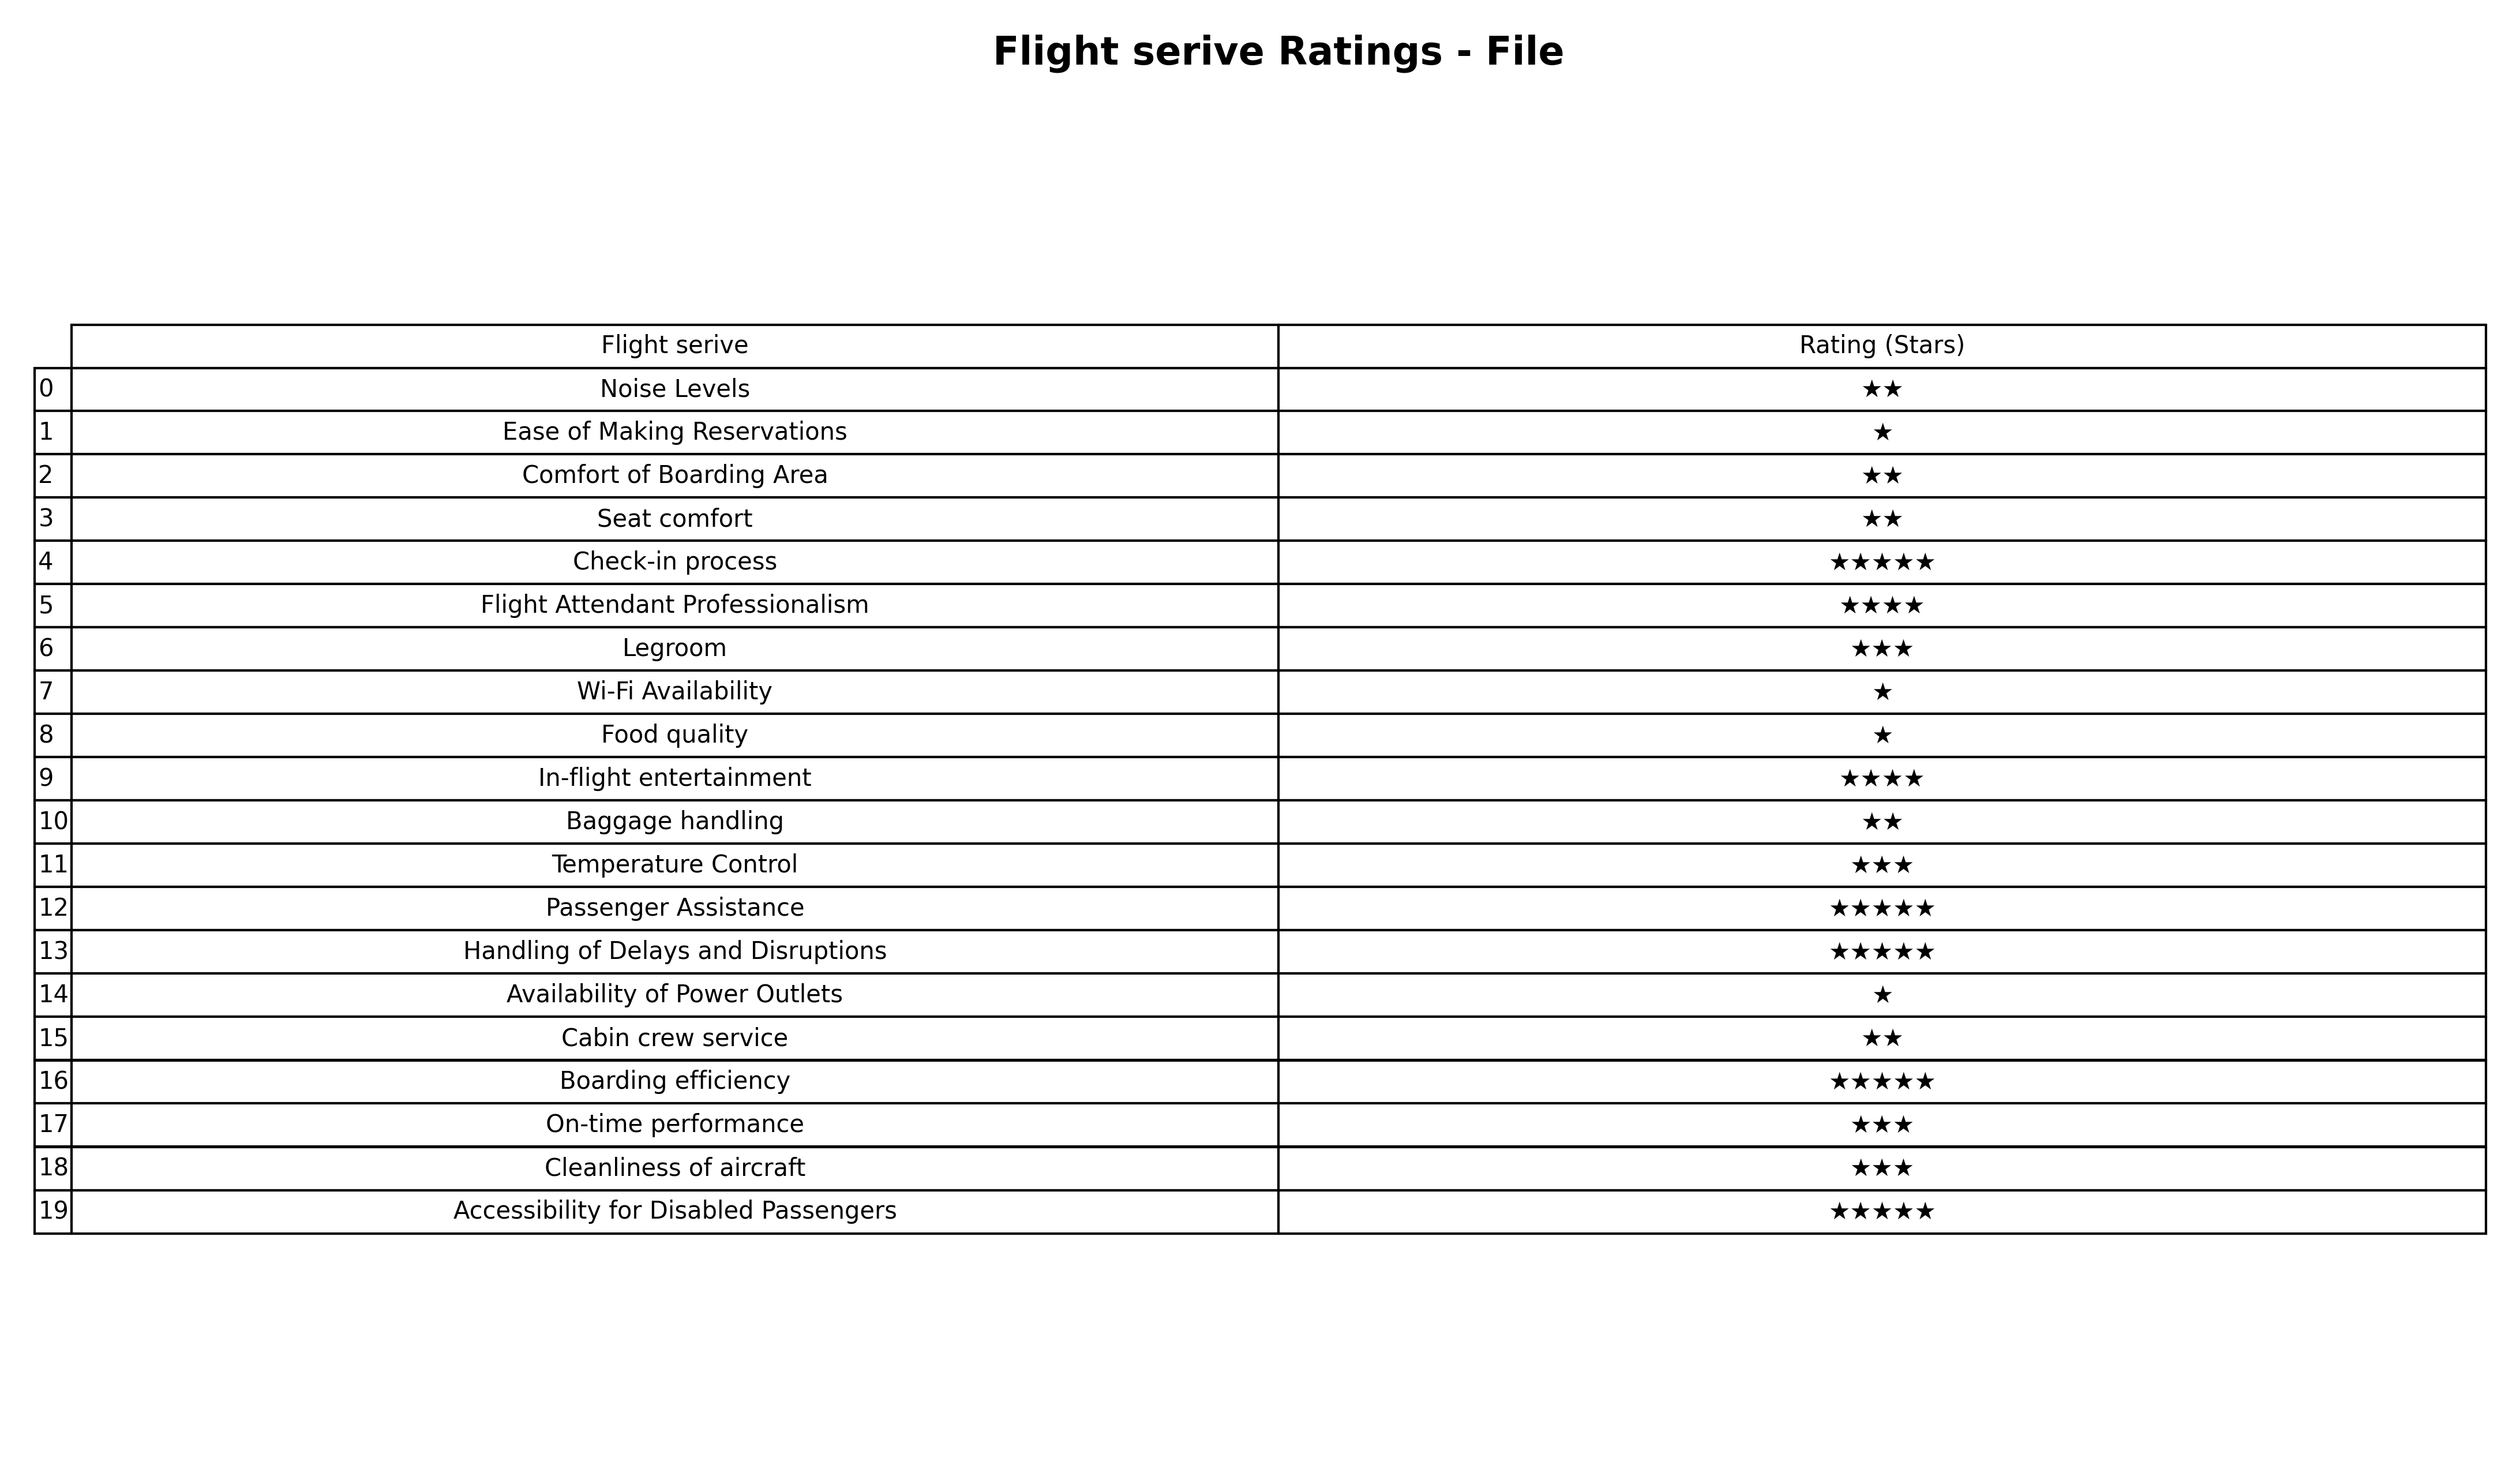
question: What are highest rating services?
answer: Check-in processPassenger AssistanceHandling of Delays and DisruptionsBoarding efficiencyAccessibility for Disabled Passengers